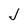
Character: J